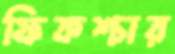
ফিকশ্চার